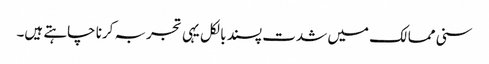
سنی ممالک میں شدت پسند بالکل یہی تجربہ کرنا چاہتے ہیں۔